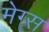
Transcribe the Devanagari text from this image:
मेग्स